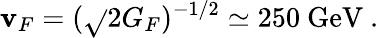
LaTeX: \mathbf{v}_{F}=(\sqrt{}{{2}}G_{F})^{-1/2}\simeq250~\mathrm{{GeV}}~.